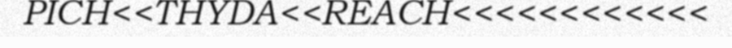
PICH<<THYDA<<REACH<<<<<<<<<<<<